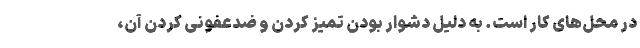
در محل‌های کار است. به دلیل دشوار بودن تمیز کردن و ضدعفونی کردن آن،